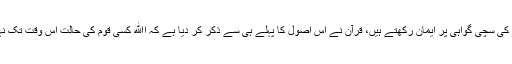
پاکستان میں تقریباً 95% مسلمان آباد ہیں، اور الحمد للہ قرآن کی سچی گواہی پر ایمان رکھتے ہیں، قرآن نے اِس اصول کا پہلے ہی سے ذکر کر دیا ہے کہ اﷲ کسی قوم کی حالت اُس وقت تک نہیں بدلے گا، جب تک وہ خود اپنی حالت بدلنے کا نہ سوچیں!